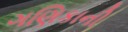
ગણિકાની